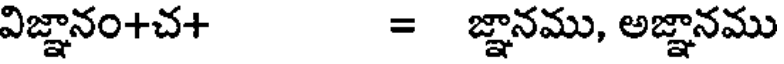
విజ్ఞానం+చ+ = జ్ఞానము, అజ్ఞానము